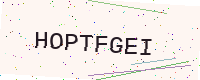
Text: HOPTFGEI